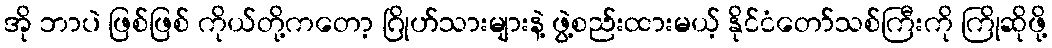
အို ဘာပဲ ဖြစ်ဖြစ် ကိုယ်တို့ကတော့ ဂြိုဟ်သားများနဲ့ ဖွဲ့စည်းထားမယ့် နိုင်ငံတော်သစ်ကြီးကို ကြိုဆိုဖို့